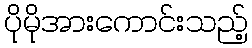
ပိုမိုအားကောင်းသည့်